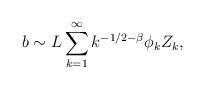
LaTeX: \begin{align*}b \sim L \sum_{k=1}^\infty k^{-1/2- \beta}\phi_k Z_k, \end{align*}